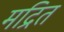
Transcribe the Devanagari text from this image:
मद्रित